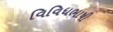
વિવિધભાષી